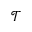
\mathcal { T }